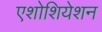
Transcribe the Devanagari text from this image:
एशोशियेशन